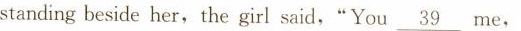
standing beside her, the girl said,“You \underline{39} me,